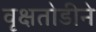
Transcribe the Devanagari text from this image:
वृक्षतोडीने